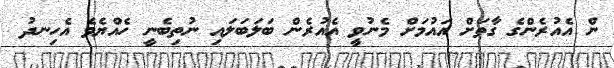
ން އެއުރެންގެ ގާތަށް އައުމަށް މެނުވީ އެއުރެން ބަލަބަލައި ނުތިބެނީ ހެއްޔެވެ އެހިނދު